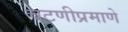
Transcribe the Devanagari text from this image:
चटणीप्रमाणे